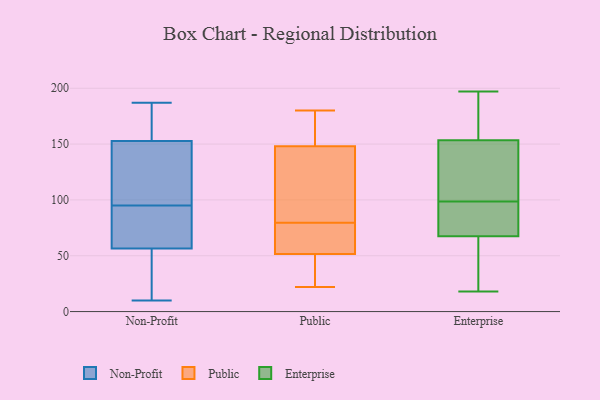
{"axis": {"x": "Satisfaction Score", "y": "Value"}, "legend": ["Enterprise", "Non-Profit", "Public"], "data": [{"x": "", "y": 128, "type": "Non-Profit"}, {"x": "", "y": 122, "type": "Non-Profit"}, {"x": "", "y": 124, "type": "Non-Profit"}, {"x": "", "y": 73, "type": "Non-Profit"}, {"x": "", "y": 161, "type": "Non-Profit"}, {"x": "", "y": 177, "type": "Non-Profit"}, {"x": "", "y": 10, "type": "Non-Profit"}, {"x": "", "y": 51, "type": "Non-Profit"}, {"x": "", "y": 187, "type": "Non-Profit"}, {"x": "", "y": 92, "type": "Non-Profit"}, {"x": "", "y": 81, "type": "Non-Profit"}, {"x": "", "y": 27, "type": "Non-Profit"}, {"x": "", "y": 23, "type": "Non-Profit"}, {"x": "", "y": 95, "type": "Non-Profit"}, {"x": "", "y": 170, "type": "Non-Profit"}, {"x": "", "y": 22, "type": "Public"}, {"x": "", "y": 71, "type": "Public"}, {"x": "", "y": 158, "type": "Public"}, {"x": "", "y": 144, "type": "Public"}, {"x": "", "y": 48, "type": "Public"}, {"x": "", "y": 146, "type": "Public"}, {"x": "", "y": 85, "type": "Public"}, {"x": "", "y": 74, "type": "Public"}, {"x": "", "y": 24, "type": "Public"}, {"x": "", "y": 66, "type": "Public"}, {"x": "", "y": 180, "type": "Public"}, {"x": "", "y": 30, "type": "Public"}, {"x": "", "y": 150, "type": "Public"}, {"x": "", "y": 89, "type": "Public"}, {"x": "", "y": 55, "type": "Public"}, {"x": "", "y": 161, "type": "Public"}, {"x": "", "y": 197, "type": "Enterprise"}, {"x": "", "y": 150, "type": "Enterprise"}, {"x": "", "y": 85, "type": "Enterprise"}, {"x": "", "y": 169, "type": "Enterprise"}, {"x": "", "y": 39, "type": "Enterprise"}, {"x": "", "y": 42, "type": "Enterprise"}, {"x": "", "y": 54, "type": "Enterprise"}, {"x": "", "y": 155, "type": "Enterprise"}, {"x": "", "y": 149, "type": "Enterprise"}, {"x": "", "y": 77, "type": "Enterprise"}, {"x": "", "y": 98, "type": "Enterprise"}, {"x": "", "y": 94, "type": "Enterprise"}, {"x": "", "y": 144, "type": "Enterprise"}, {"x": "", "y": 174, "type": "Enterprise"}, {"x": "", "y": 18, "type": "Enterprise"}, {"x": "", "y": 159, "type": "Enterprise"}, {"x": "", "y": 152, "type": "Enterprise"}, {"x": "", "y": 58, "type": "Enterprise"}, {"x": "", "y": 99, "type": "Enterprise"}, {"x": "", "y": 83, "type": "Enterprise"}]}